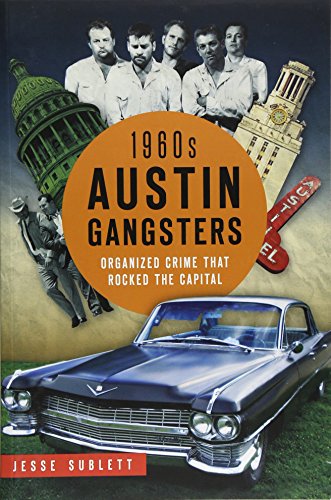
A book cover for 1960s Austin Gangsters: (True Crime); Jesse Sublett; Biographies & Memoirs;